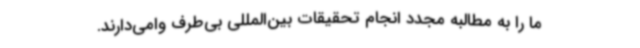
ما را به مطالبه مجدد انجام تحقیقات بین‌المللی بی‌طرف وامی‌دارند.